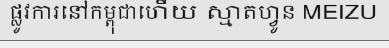
ផ្លូវការនៅកម្ពុជាហើយ ស្មាតហ្វូន MEIZU